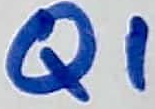
Text: Q1